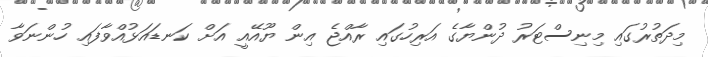
މިދަތުރުގައި މިނިސްޓަރު ދުންޔާގެ އަރިހުގައި ރާއްޖެ އިން ޔޫއޭއީ އަށް ކަނޑައަޅުއްވާފައި ހުންނަވާ